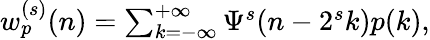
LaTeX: \begin{array}{r}{w_{p}^{(s)}(n)=\sum_{k=-\infty}^{+\infty}{\Psi^{s}(n-2^{s}k)p(k)},}\end{array}